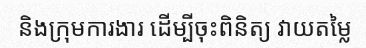
និងក្រុមការងារ ដើម្បីចុះពិនិត្យ វាយតម្លៃ